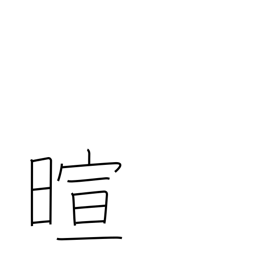
Meaning: warm weather